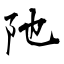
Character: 阤